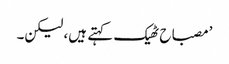
’مصباح ٹھیک کہتے ہیں، لیکن۔